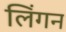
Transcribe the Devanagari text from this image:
लिंगन